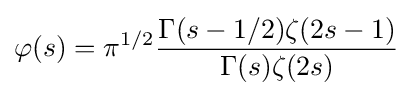
\varphi (s)=\pi ^{1/2}{\frac {\Gamma (s-1/2)\zeta (2s-1)}{\Gamma (s)\zeta (2s)}}